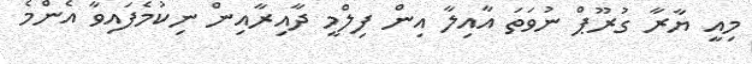
މިއީ ޔާރާ ގުރޫޕް ނުވަތަ އާއިލާ އިން ފިލްމީ ދާއިރާއިން ނިކުމެފައިވާ އެންމެ